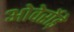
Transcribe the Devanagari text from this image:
ओवेर्रोड़े